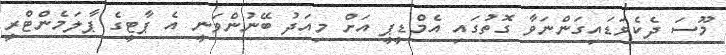
މޫސަ ދެކެވަޑައިގަންނަވާ ގޮތުގައި އެމްޑީޕީ އަށް މިއަދު ބޭނުންވަނީ އެ ޕާޓީގެ ޕާލަމެންޓްރީ